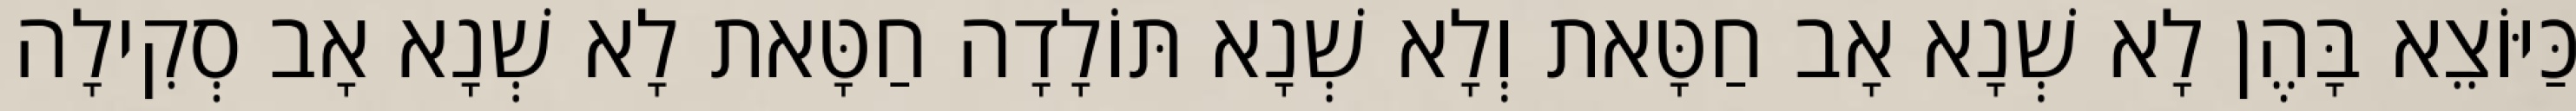
כַּיּוֹצֵא בָּהֶן לָא שְׁנָא אָב חַטָּאת וְלָא שְׁנָא תּוֹלָדָה חַטָּאת לָא שְׁנָא אָב סְקִילָה